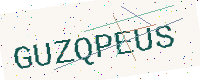
Text: GUZQPEUS